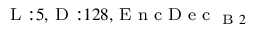
_ { \textrm { L } : 5 , \textrm { D } : 1 2 8 , \textrm { E n c D e c } _ { \textrm { B } 2 } }